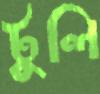
টুলি